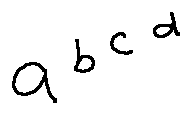
a ^ { b ^ { c ^ { d } } }